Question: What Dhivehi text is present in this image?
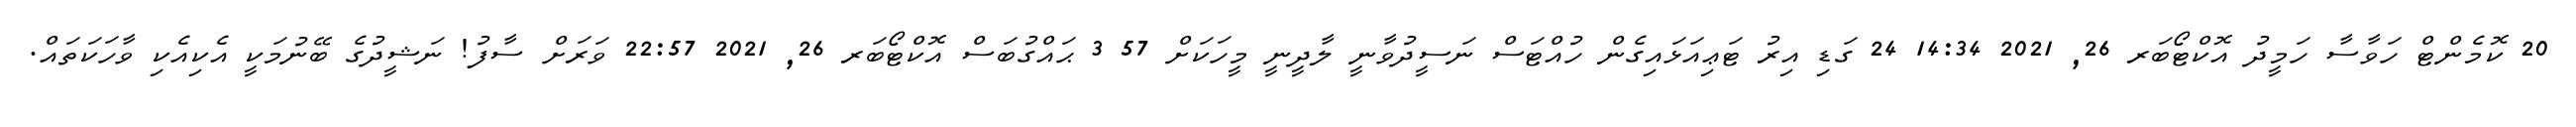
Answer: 20 ކޮމެންޓް ހަވާސާ ހަމީދު އޮކްޓޯބަރ 26, 2021 14:34 24 ގަޑި އިރު ޓަޢިއަޅައިގެން ހުއްޓަސް ނަސީދުވާނީ ލާދީނީ މީހަކަށް 57 3 ޙައްގުބަސް އޮކްޓޯބަރ 26, 2021 22:57 ވަރަށް ސާފު! ނަޝީދުގެ ބޭނުމަކީ އެކިއެކި ވާހަކަތައް.